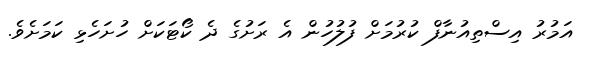
އަމުރު އިސްތިއުނާފް ކުރުމަށް ފުލުހުން އެ ރަށުގެ ދެ ކޯޓަކަށް ހުށަހެޅި ކަމަށެވެ.